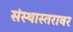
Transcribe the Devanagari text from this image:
संस्थास्तरावर